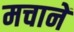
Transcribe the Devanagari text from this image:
मचानें